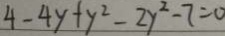
4 - 4 y + y ^ { 2 } - 2 y ^ { 2 } - 7 = 0